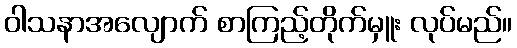
ဝါသနာအလျောက် စာကြည့်တိုက်မှူး လုပ်မည်။